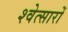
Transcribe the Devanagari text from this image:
श्वेत्सारों